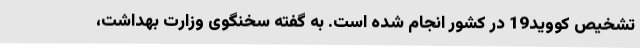
تشخیص کووید19 در کشور انجام شده است. به گفته سخنگوی وزارت بهداشت،